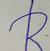
Signature authenticity: forged